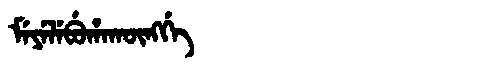
Manchu: ᠮᡝᠶᡝᠯᡝᠪᡠᡥᠠᡴᡡᠩᡤᡝ
Romanization: MEYELEBUHAKŪNGGE